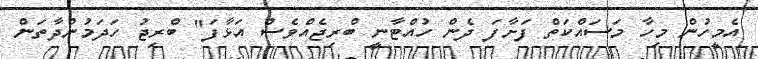
އެމީހުން މިހާ މަސައްކަތް ފަށާފަ ދެން ހުއްޓާނީ ބްރިޖެއްވެސް އަޅާފަ" ބްރިޖު ހަދަމުންދާތަން